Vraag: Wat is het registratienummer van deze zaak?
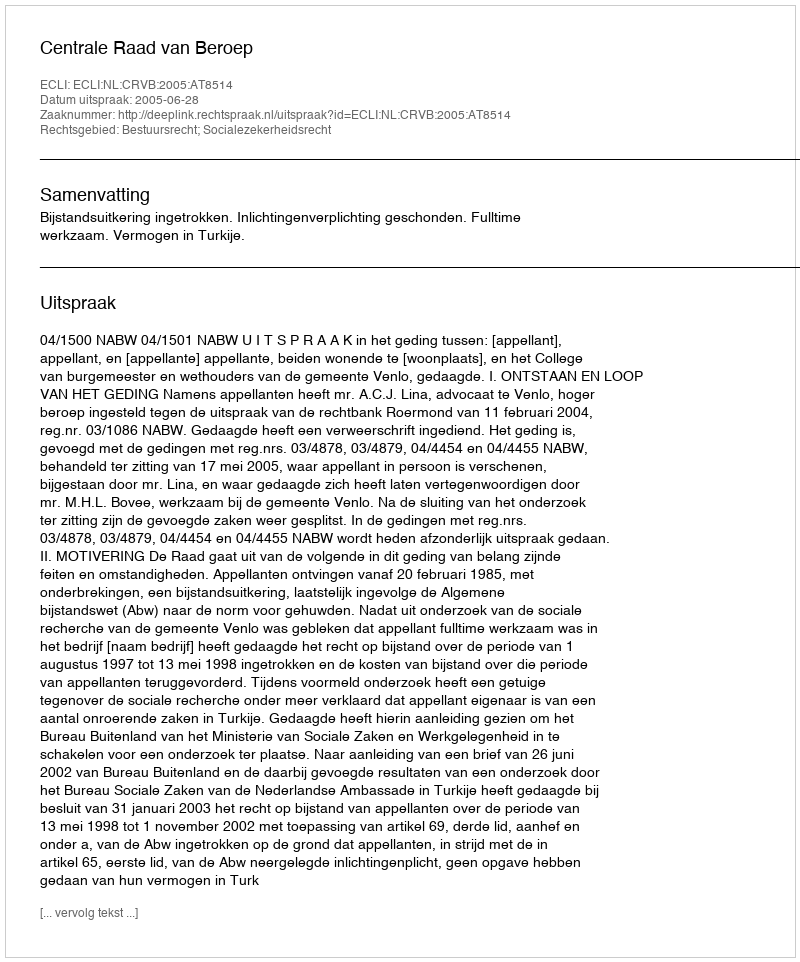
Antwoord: http://deeplink.rechtspraak.nl/uitspraak?id=ECLI:NL:CRVB:2005:AT8514